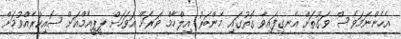
އެހެންނަމަވެސް ވަގުތަށް އެނގިފައިވާ ގޮތުގައި މެންބަރު އިލްހާމް ވަރަށް އަވަހަށް ޕީޕީއެމްއަށް ސޮއިކުރެއްވުމަށް